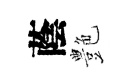
蔭艶